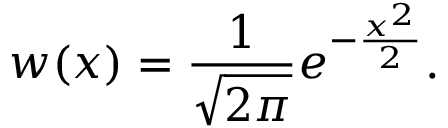
w ( x ) = \frac { 1 } { \sqrt { 2 \pi } } e ^ { - \frac { x ^ { 2 } } { 2 } } .